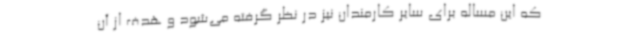
که این مساله برای سایر کارمندان نیز در نظر گرفته می‌شود و هدف از آن